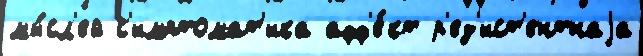
мы́сл'ей с'имптомат'ика афф'е́кт р'ез'ист'ентнаjа